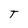
Character: T